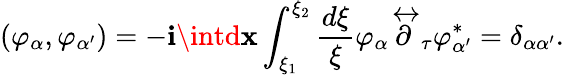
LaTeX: \left(\varphi_{\alpha},\varphi_{\alpha^{\prime}}\right)=-\mathbf{i}\intd{\mathbf{x}}\int_{\xi_{1}}^{\xi_{2}}\frac{{d\xi}}{{\xi}}\varphi_{\alpha}\stackrel{\leftrightarrow}{\partial}_{\tau}\varphi_{\alpha^{\prime}}^{*}=\delta_{\alpha\alpha^{\prime}}.